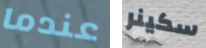
عندما سكينر